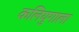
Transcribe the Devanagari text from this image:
कलियुगाला